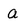
Character: a